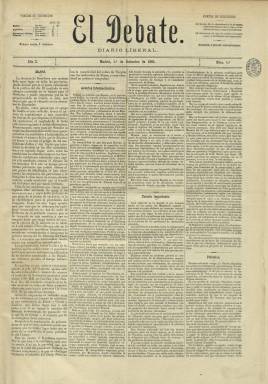
Título: El Debate (Madrid. 1881)
Colección: Periódicos
Ámbito geográfico: Madrid
Lugar de publicación: Madrid
Fechas: 01/09/1881-19/06/1883

Mantendrá el escueto subtítulo de “diario liberal”, apareciendo su primer número el uno de septiembre de 1881, siete meses después de que Práxedes Mateo Sagasta (1825-1903) hubiera asumido la jefatura del Gobierno, dando paso al “turnismo” de la Restauración. La vida del periódico estará muy ligada a quien será su director: el periodista, escritor, político y, especialmente, dirigente masón Juan Utor de Fernández (1846-191?), quien ya había dirigido el Boletín Oficial del Gran Oriente de España (1871) y había sido redactor del que fuera órgano del “amadeismo” y que con este mismo título –El Debate– se había publicado entre 1871 y 1873. Utor se apartará de Sagasta antes de que acabe éste su mandato, en octubre de 1883, al adherirse políticamente a la también liberal Izquierda Dinástica de Segismundo Moret (1833-1913) y el general Francisco Serrano (1810-1885).

Se trata de un diario típico de la época, de cuatro páginas, compuesto a cuatro columnas, que será estampado en diversas imprentas madrileñas, empezando por la que estaba a cargo de E. Lluch y pasando por la de A. Alegre o la de Celestino Apaolaza. Publica artículos sobre actualidad política y tiene secciones de Cortes, Militar, Extranjero, Telegramas, Oficial, Noticias, Asuntos del día, Correspondencia, Provincias, Revista bibliográfica, Polémica, Teatros, Toros o las cotizaciones de la bolsa madrileña, publicando noticias, críticas y crónicas, también de carácter literario, económico o científico. Inserta asimismo folletines y anuncios comerciales en las últimas dos planas. Desde el 20 de febrero de 1882 se convierte en vespertino, y desde el uno de marzo de ese mismo año anuncia que el periódico ilustrado La Revista será distribuido gratis entre sus suscriptores.

Su primer director debió ser José Gómez Díez, que después es sustituido interinamente por Miguel de Toro, pasando a ser éste redactor- jefe y director José Sagasta desde el 18 de febrero al 28 de marzo de 1882. A partir del 12 de abril de este mismo año quien aparecerá indicado junto a su cabecera como director es Juan Utor y Fernández. Prácticamente no aparecen firmas bajo sus textos, y entre sus redactores o colaboradores figuran los nombres de Eduardo Sanz y Escartín, Antonio Pareja Serrada o Guillermo Reinan, y Vicente Moreno de la Tejera pudo ser también redactor político.

En la biografía que Morales Benítez y Sígler Silvera (2007) han llevado a cabo sobre Utor se da cuenta de las cuestiones doctrinales que aparecen en un diario considerado, además, “órgano oficioso” de la masonería, cuyo consejo de administración pudo estar integrado también por personas que se consideraban entonces “antes que políticos, masones”, pero que evitó cualquier terminología que lo relacionara con ella. Como diario eminentemente político empezó apoyando a los liberales de Sagasta en el Gobierno, como defensor de la democracia y de la monarquía constitucional, apostando por la separación entre Iglesia y Estado, la enseñanza laica, gratuita y obligatoria, la ampliación de los derechos civiles, la moralidad pública, la tolerancia o el progreso, a la vez que contrario a la pena de muerte y muy crítico del catolicismo ultramontano. Pero, al final, El Debate se alejará de Sagasta, al señalar que sus promesas se habían convertido en “amargas decepciones”. Su última entrega en la colección de la Biblioteca Nacional de España es la número 515, correspondiente al 19 de junio de 1883.

Por su parte, Utor, que ya había publicado en Madrid en 1873 un Manual del maestro masón, marchará después a Manila, en donde trabará amistad con José Rizal (1861-1896), dirigirá, en 1899, los periódicos demócratas El Liberal y La Patria y dará a la estampa ese mismo año otra obra bajo el título Masones y ultramontanos.